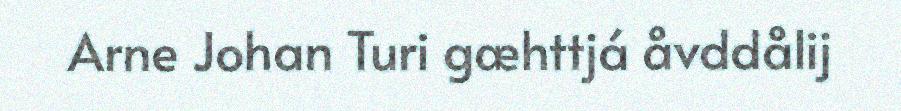
Arne Johan Turi gæhttjá åvddålij